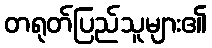
တရုတ်ပြည်သူများ၏